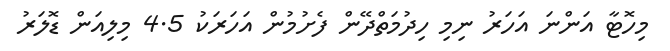
މިހޮޓާ އަންނަ އަހަރު ނިމި ހިދުމަތްދޭން ފެށުމުން އަހަރަކު 4.5 މިލިއަން ޑޮލަރު